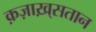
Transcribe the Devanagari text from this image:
क़ज़ाख़्सतान